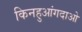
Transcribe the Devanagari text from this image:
किनहुआंगदाओ